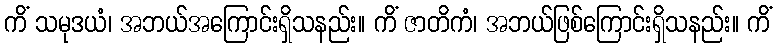
ကိံ သမုဒယံ၊ အဘယ်အကြောင်းရှိသနည်း။ ကိံ ဇာတိကံ၊ အဘယ်ဖြစ်ကြောင်းရှိသနည်း။ ကိံ